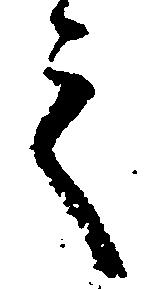
言